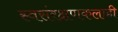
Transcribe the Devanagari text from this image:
स्वसंरक्षणकलाही